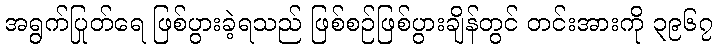
အရွက်ပြုတ်ရေ ဖြစ်ပွားခဲ့ရသည် ဖြစ်စဉ်ဖြစ်ပွားချိန်တွင် တင်းအားကို ၃၉၆၇